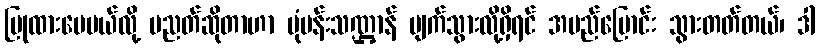
ပြုထားပေမယ်လို့ ပညတ်ဆိုတာဟာ ပုံပန်းသဏ္ဌာန် ပျက်သွားလို့ရှိရင် အမည်ပြောင်း သွားတတ်တယ်၊ ဒါ